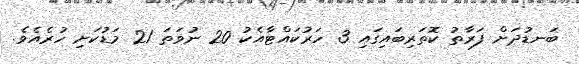
ބަނޑުދަށް ފަރާތު ކޮތަރިބައިގައި 3 ހަރުކައްޓާއެކު 20 ނުވަތަ 21 މަޑުކަށި ހުރެއެވެ.